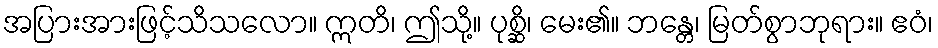
အပြားအားဖြင့်သိသလော။ ဣတိ၊ ဤသို့။ ပုစ္ဆိ၊ မေး၏။ ဘန္တေ၊ မြတ်စွာဘုရား။ ဧဝံ၊